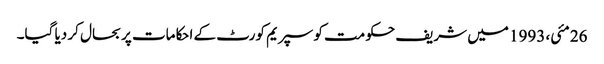
26 مئی، 1993 میں شریف حکومت کو سپریم کورٹ کے احکامات پر بحال کر دیا گیا۔